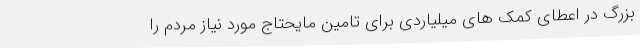
بزرگ در اعطای کمک های میلیاردی برای تامین مایحتاج مورد نیاز مردم را